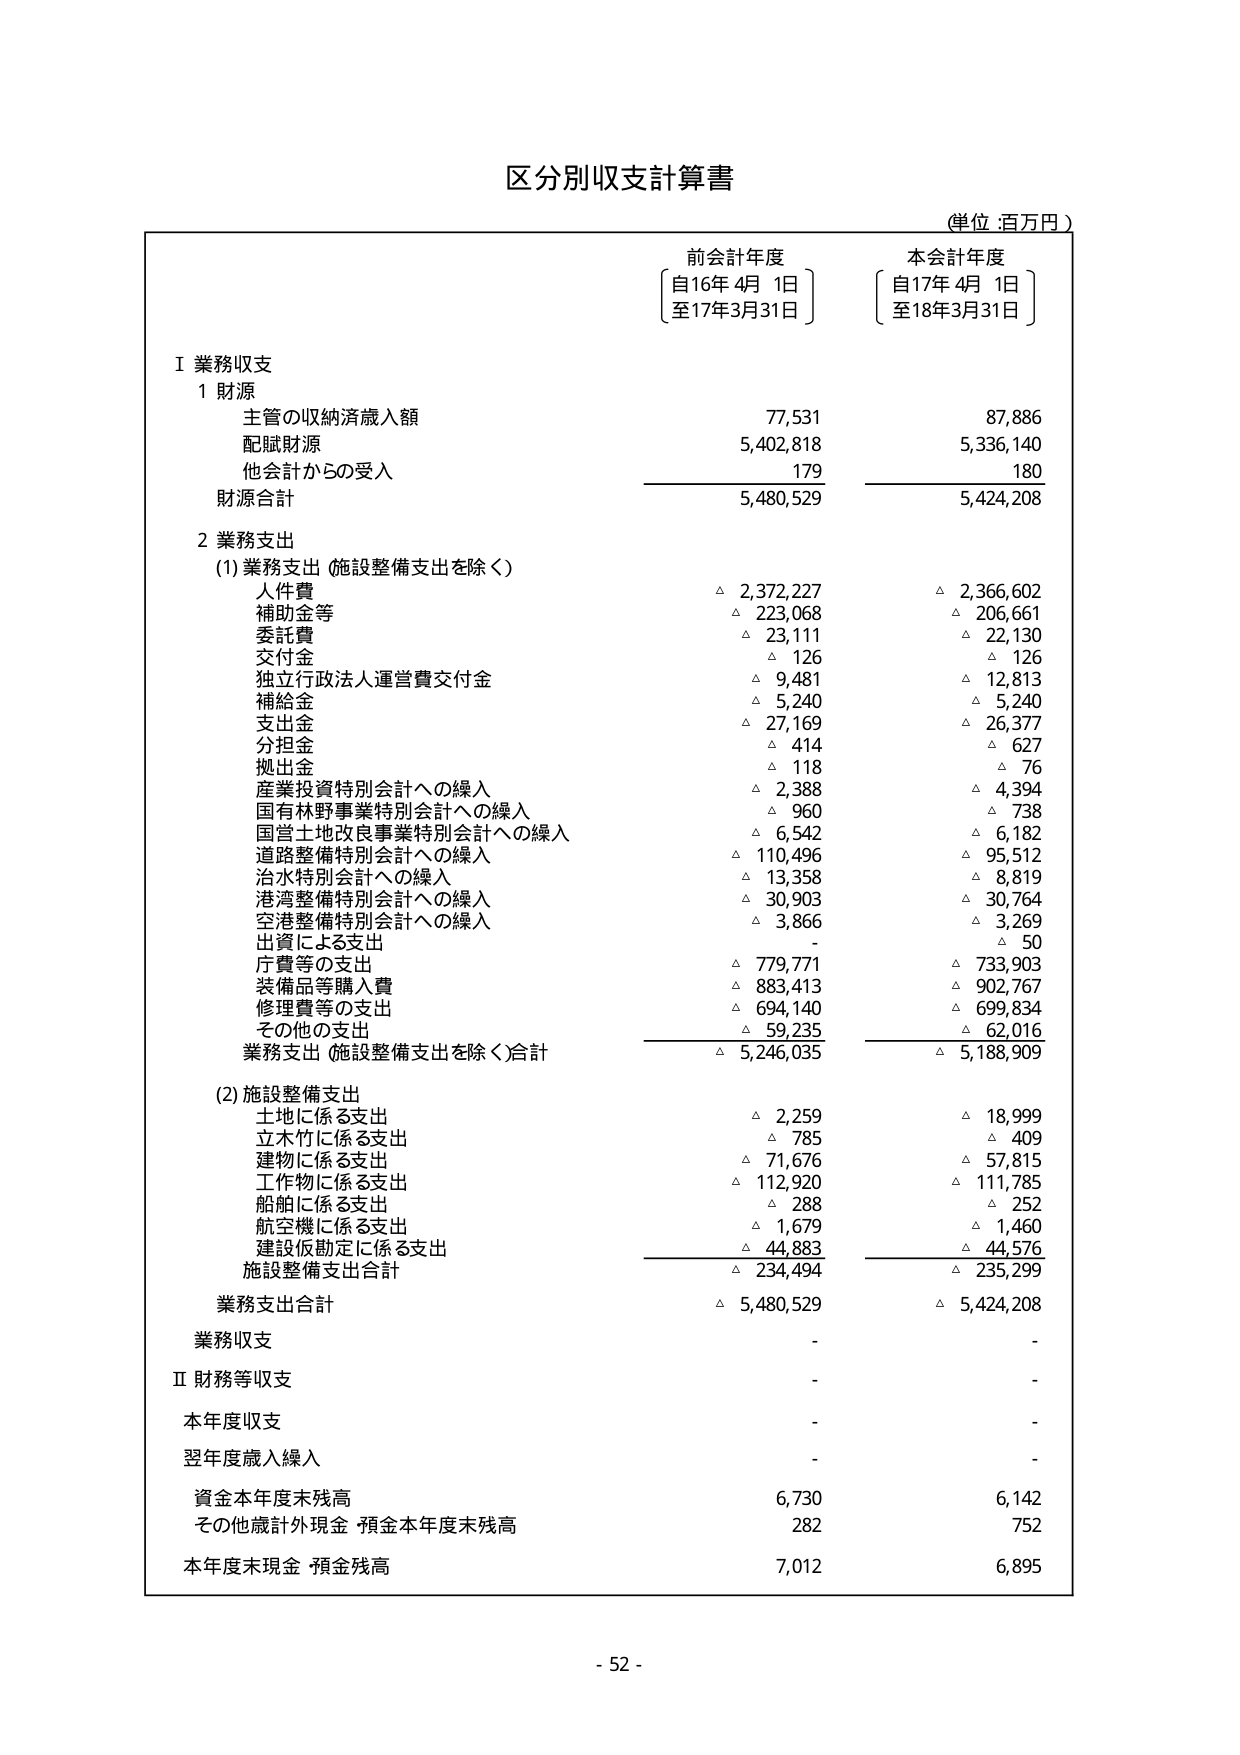
区分別収支計算書
(単位：百万円)

前会計年度
〔自16年4月1日〕
〔至17年3月31日〕

本会計年度
〔自17年4月1日〕
〔至18年3月31日〕

Ⅰ 業務収支
1 財源
　主管の収納済歳入額　　　　　　　　　77,531　　　　　87,886
　配賦財源　　　　　　　　　　　　　　5,402,818　　　　5,336,140
　他会計からの受入　　　　　　　　　　179　　　　　　　180
　財源合計　　　　　　　　　　　　　　5,480,529　　　　5,424,208

2 業務支出
　(1) 業務支出（施設整備支出を除く）
　　人件費　　　　　　　　　　　　　　△ 2,372,227　　　△ 2,366,602
　　補助費等　　　　　　　　　　　　　△ 223,068　　　　△ 206,661
　　委託費　　　　　　　　　　　　　　△ 23,111　　　　△ 22,130
　　交付金　　　　　　　　　　　　　　△ 126　　　　　　△ 126
　　独立行政法人運営費交付金　　　　　△ 9,481　　　　△ 12,813
　　補給金　　　　　　　　　　　　　　△ 5,240　　　　△ 5,240
　　支出金　　　　　　　　　　　　　　△ 27,169　　　　△ 26,377
　　分担金　　　　　　　　　　　　　　△ 414　　　　　　△ 627
　　拠出金　　　　　　　　　　　　　　△ 118　　　　　　△ 76
　　産業投資特別会計への繰入　　　　　△ 2,388　　　　△ 4,394
　　国有林野事業特別会計への繰入　　　△ 960　　　　　△ 738
　　国営土地改良事業特別会計への繰入　△ 6,542　　　　△ 6,182
　　道路整備特別会計への繰入　　　　　△ 110,496　　　△ 95,512
　　治水特別会計への繰入　　　　　　　△ 13,358　　　△ 8,819
　　港湾整備特別会計への繰入　　　　　△ 30,903　　　△ 30,764
　　空港整備特別会計への繰入　　　　　△ 3,866　　　　△ 3,269
　　出資による支出　　　　　　　　　　　-　　　　　　　△ 50
　　庁費等の支出　　　　　　　　　　　△ 779,771　　　△ 733,903
　　装備品等購入費　　　　　　　　　　△ 883,413　　　△ 902,767
　　修理費等の支出　　　　　　　　　　△ 694,140　　　△ 699,834
　　その他の支出　　　　　　　　　　　△ 59,235　　　　△ 62,016
　　業務支出（施設整備支出を除く）合計　△ 5,246,035　　　△ 5,188,909

　(2) 施設整備支出
　　土地に係る支出　　　　　　　　　　△ 2,259　　　　△ 18,999
　　立木竹に係る支出　　　　　　　　　△ 785　　　　　△ 409
　　建物に係る支出　　　　　　　　　　△ 71,676　　　△ 57,815
　　工作物に係る支出　　　　　　　　　△ 112,920　　　△ 111,785
　　船舶に係る支出　　　　　　　　　　△ 288　　　　　△ 252
　　航空機に係る支出　　　　　　　　　△ 1,679　　　　△ 1,460
　　建設仮勘定に係る支出　　　　　　　△ 44,883　　　△ 44,576
　　施設整備支出合計　　　　　　　　　△ 234,494　　　△ 235,299

　業務支出合計　　　　　　　　　　　　△ 5,480,529　　　△ 5,424,208

　業務収支　　　　　　　　　　　　　　-　　　　　　　-

Ⅱ 財務等収支
　本年度収支　　　　　　　　　　　　　-　　　　　　　-
　翌年度歳入繰入　　　　　　　　　　　-　　　　　　　-
　資金本年度末残高　　　　　　　　　　6,730　　　　　6,142
　その他歳計外現金・預金本年度末残高　282　　　　　　752
　本年度末現金・預金残高　　　　　　　7,012　　　　　6,895

- 52 -